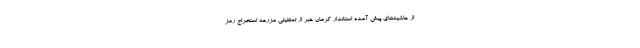
از حاشیه‌های پیش آمده استاندار کرمان خبر از تعطیلی مزرعه استخراج رمز